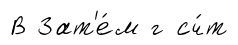
В Зат'е́м г сч́т